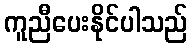
ကူညီပေးနိုင်ပါသည်